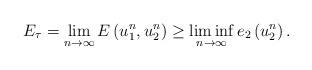
LaTeX: \begin{align*}E_\tau=\lim_{n\to \infty}E\left(u_1^n,u_2^n\right)\geq \liminf_{n\to \infty}e_2\left(u_2^n\right).\end{align*}